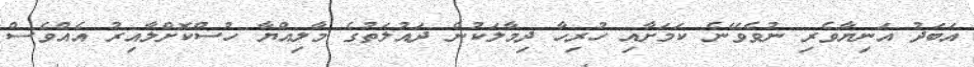
އަބަދު އަނިޔާވެރި ނުވެވޭނެ ކަމަށާއި ހުރިހާ ދިމާލަކުން ދައުލަތުގެ މާލިއްޔާ ހުސްކޮށްލާއިރު އެއްވެސް